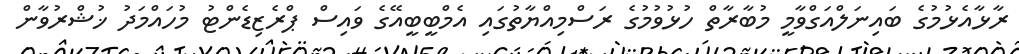
ރާޅާއެޅުމުގެ ބައިނަލްއަގްވާމީ މުބާރާތް ހުޅުވުމުގެ ރަސްމިއްޔާތުގައި އެމްބީބީއޭގެ ވައިސް ޕްރެޒިޑެންޓު މުހައްމަދު ޚުޝްރުވާން